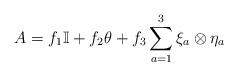
LaTeX: \begin{align*}A= f_1\mathbb I+f_2\theta +f_3\sum^3_{a=1}\xi_a\otimes\eta_a\end{align*}